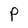
Character: P